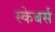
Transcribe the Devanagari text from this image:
स्केबर्स